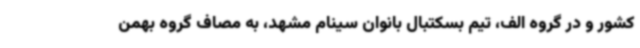
کشور و در گروه الف، تیم بسکتبال بانوان سینام مشهد، به مصاف گروه بهمن